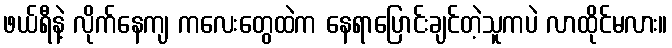
ဖယ်ရီနဲ့ လိုက်နေကျ ကလေးတွေထဲက နေရာပြောင်းချင်တဲ့သူကပဲ လာထိုင်မလား။